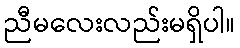
ညီမလေးလည်းမရှိပါ။